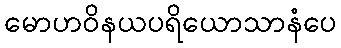
မောဟဝိနယပရိယောသာနံပေ